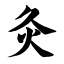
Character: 灸